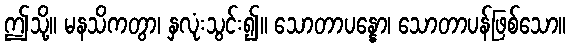
ဤသို့။ မနသိကတွာ၊ နှလုံးသွင်း၍။ သောတာပန္နော၊ သောတာပန်ဖြစ်သော။